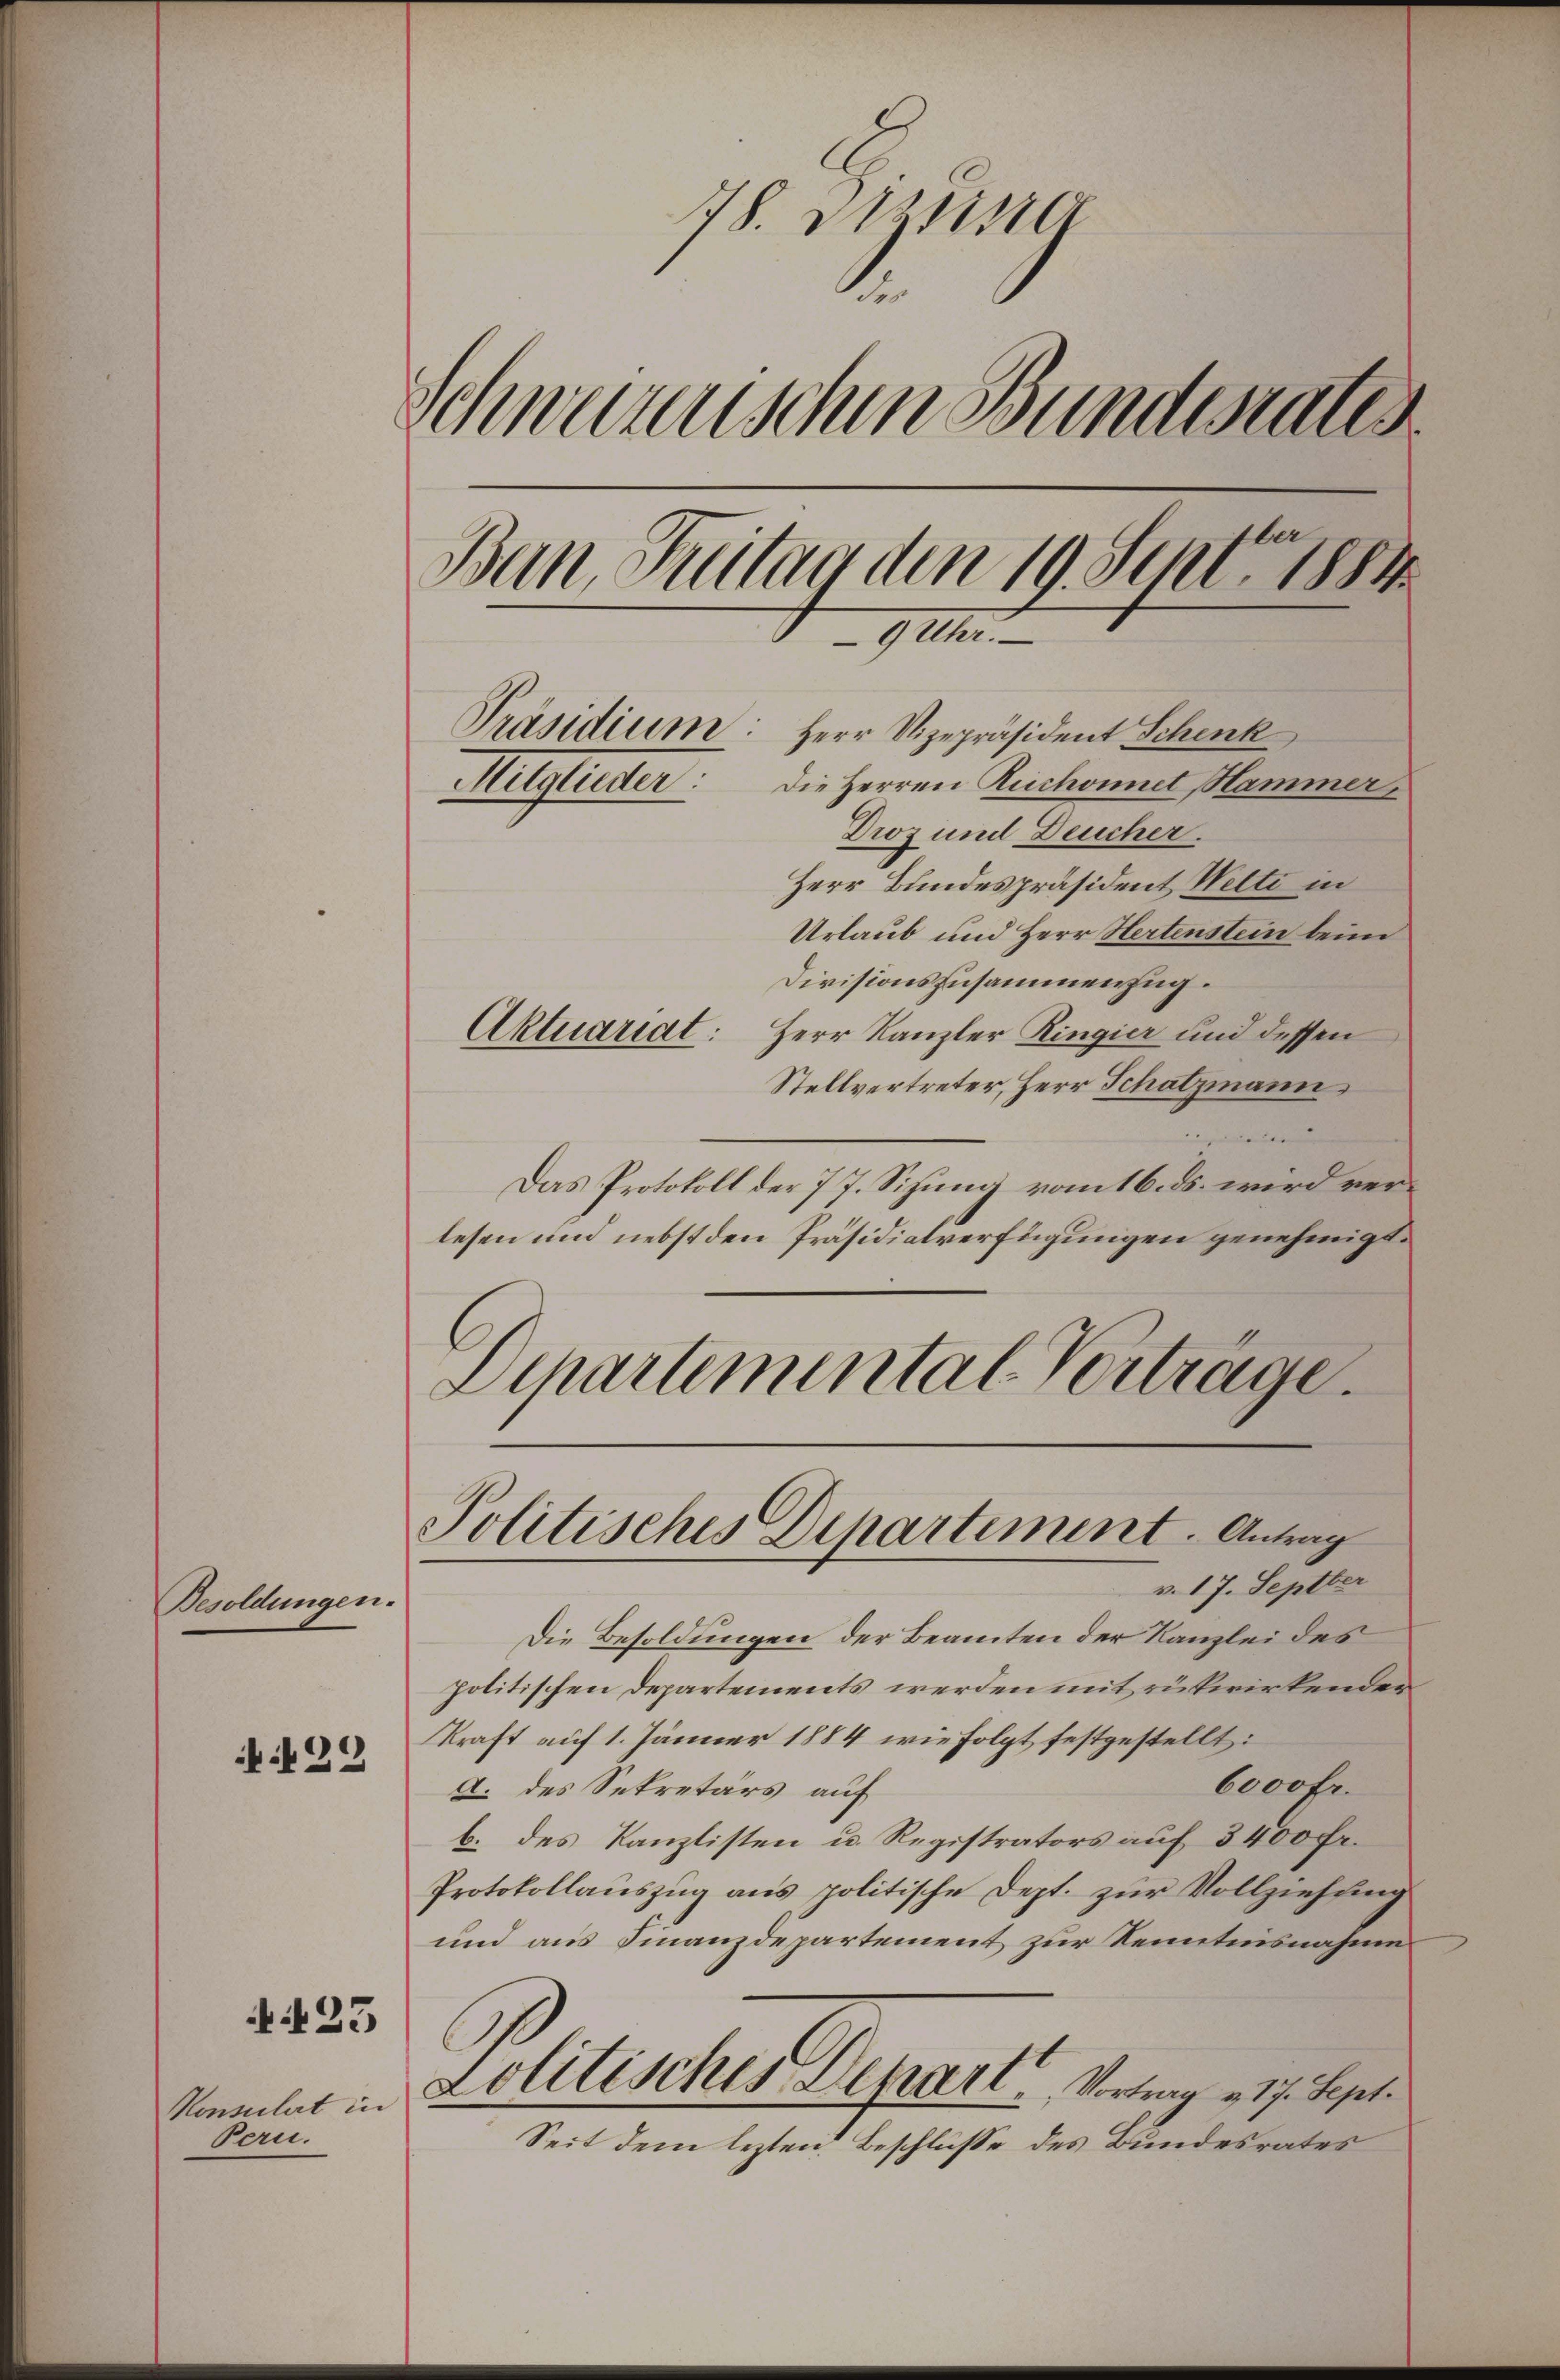
Besoldungen.

29

23

Konsulat in
Bern.

78. Dietisa
Schwerenischen Bundesrates
ber
Ban Freitag den 19. Sept. 1881
9 Uhr.
Präsidium: Herr Vizepräsident Schenk
Mitglieder: die Herren Reichonnet Hammer
Droz und Deucher.
Herr Bundespräsident Welti in
Urlaub und Herr Hertenstein beim
Divisionszusammenzug.
Aktuariat: Herr Kanzler Ringier und dessen

Stellvertreter, Herr Schatzmann
dauer
Das Protokoll der 7 7. Sizung vom 16. ds. wird verlesen und nebst den Präsidialverfügungen genehmigt.
Departemental-Vertrage.

Die Besoldungen der Beamten der Kanzlei des
politischen Departements werden mit rükwirkenden
kraft auf 1. Jänner 1884 wie folgt festgestellt:
6000 Fr.
a. des Sekretärs auf
b. des Kanzlisten u. Registrators auf 3400 Fr.
Protokollauszug aus politische Dept. zur Vollziehung
und aus Finanzdepartement zur Kenntnisnahme
C
Lolitisches Depart. Vortrag 17. Sept.
Seit dem lezten Beschlüsse des Bundesrates

Politisches Departement. Antrag
v. 17. Septber